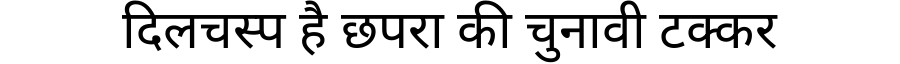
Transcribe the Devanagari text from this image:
दिलचस्प है छपरा की चुनावी टक्कर